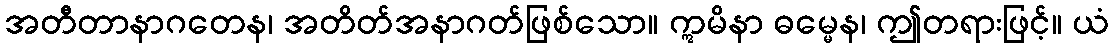
အတီတာနာဂတေန၊ အတိတ်အနာဂတ်ဖြစ်သော။ ဣမိနာ ဓမ္မေန၊ ဤတရားဖြင့်။ ယံ